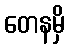
တေနမှိ